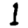
Digit: 1